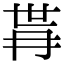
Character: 𭁫